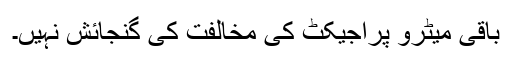
باقی میٹرو پراجیکٹ کی مخالفت کی گنجائش نہیں۔